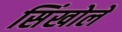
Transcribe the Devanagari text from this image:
सिंखोले